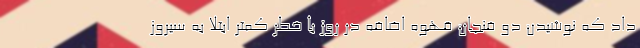
داد که نوشیدن دو فنجان قهوه اضافه در روز با خطر کمتر ابتلا به سیروز